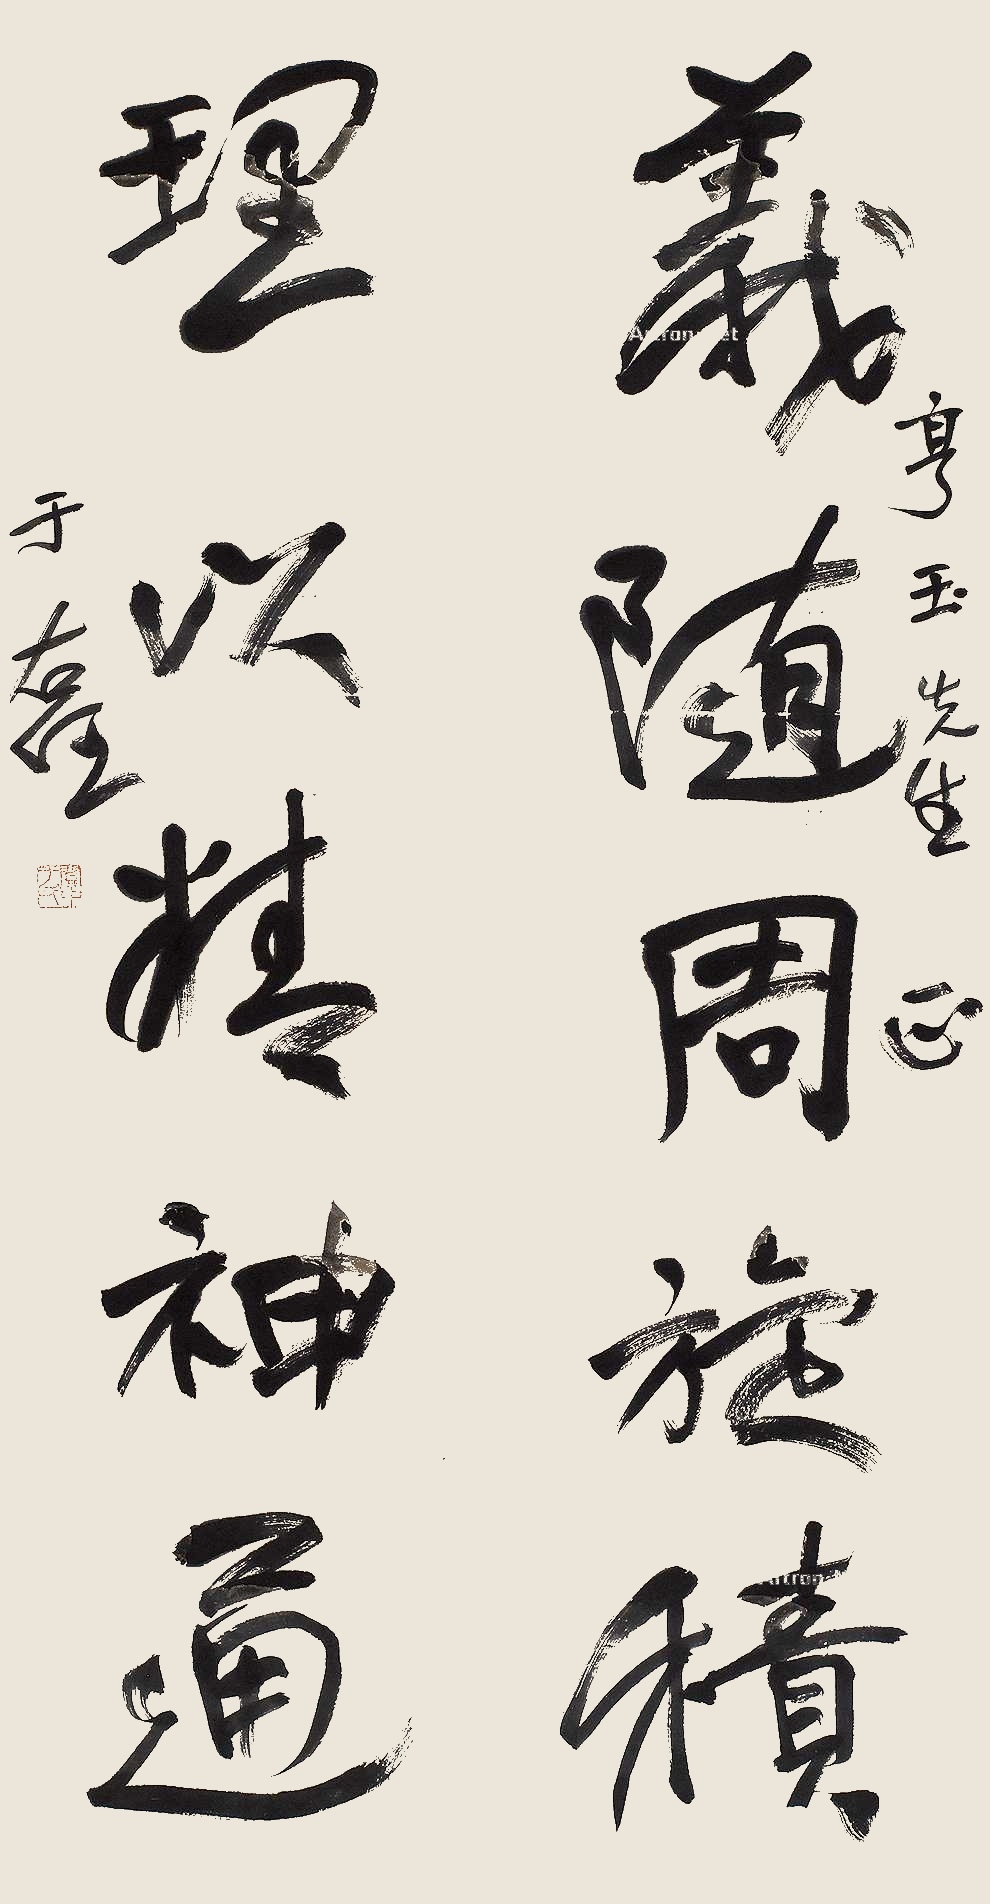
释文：义随周旋积，理以精神通。亨玉先生正，于右任。